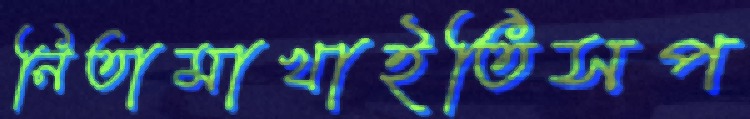
নিতামাখাইতিসপ